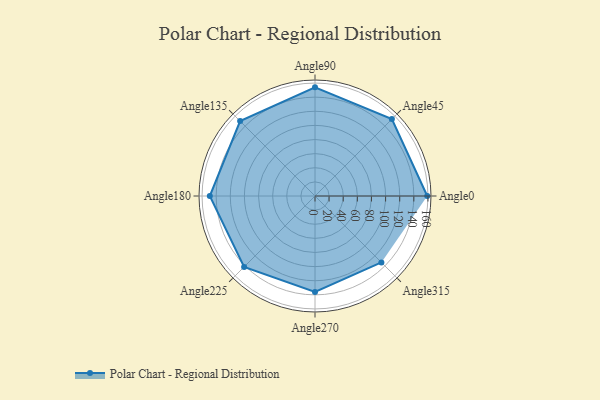
{"axis": {"x": "Angle", "y": "Radius"}, "legend": [""], "data": [{"x": "Angle0", "y": 159.0, "type": ""}, {"x": "Angle45", "y": 154.0, "type": ""}, {"x": "Angle90", "y": 154.0, "type": ""}, {"x": "Angle135", "y": 150.0, "type": ""}, {"x": "Angle180", "y": 149.0, "type": ""}, {"x": "Angle225", "y": 142.0, "type": ""}, {"x": "Angle270", "y": 136.0, "type": ""}, {"x": "Angle315", "y": 133.0, "type": ""}]}